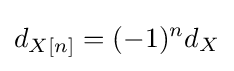
d_{X[n]}=(-1)^{n}d_{X}